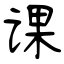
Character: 课